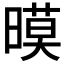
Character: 暯